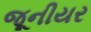
જૂનીયર